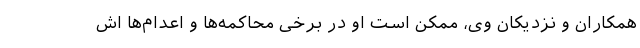
همکاران و نزدیکان وی، ممکن است او در برخی محاکمه‌ها و اعدام‌ها اش